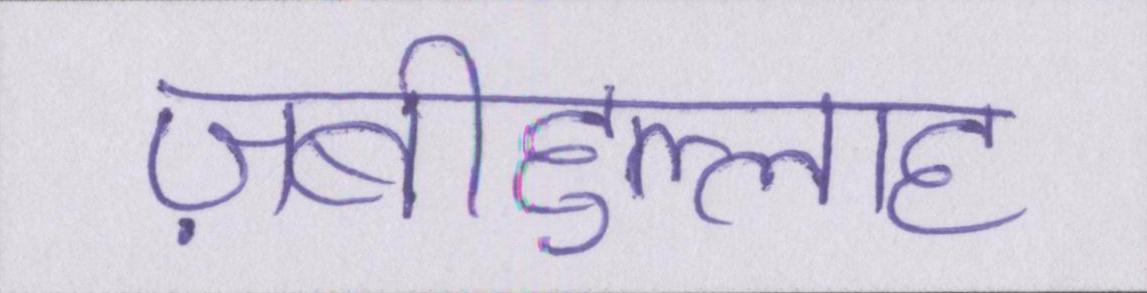
ज़बीहुल्लाह